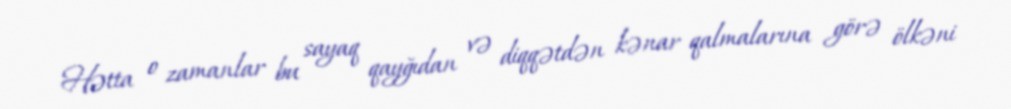
Hətta o zamanlar bu sayaq qayğıdan və diqqətdən kənar qalmalarına görə ölkəni